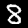
Label: 8